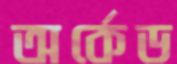
অর্কেড